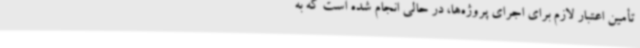
تأمین اعتبار لازم برای اجرای پروژه‌ها، در حالی انجام شده است که به